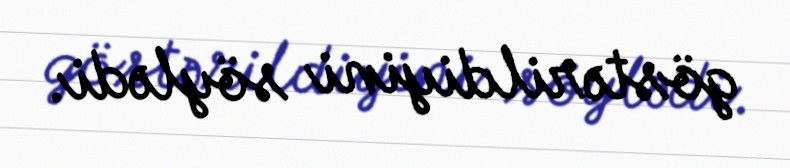
göstərildiyini söylədi.